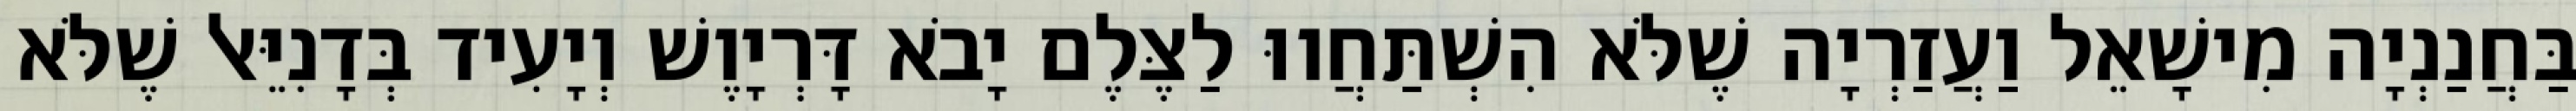
בַּחֲנַנְיָה מִישָׁאֵל וַעֲזַרְיָה שֶׁלֹּא הִשְׁתַּחֲווּ לַצֶּלֶם יָבֹא דָּרְיָוֶשׁ וְיָעִיד בְּדָנִיֵּאל שֶׁלֹּא